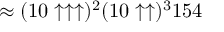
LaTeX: \approx ( 1 0 \uparrow \uparrow \uparrow ) ^ { 2 } ( 1 0 \uparrow \uparrow ) ^ { 3 } 1 5 4